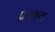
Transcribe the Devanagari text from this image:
प्रत्‍यय